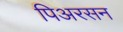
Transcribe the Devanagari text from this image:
पिअरसन